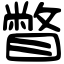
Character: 瞥